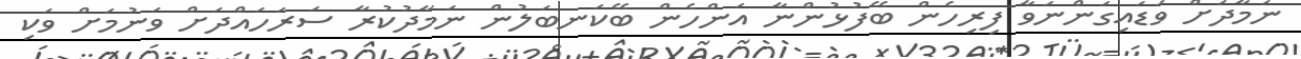
ނަމާދަށް ވަޑައިގަންނަވާ ފިރިހެން ބޭފުޅުންނާ އަންހެން ބޭކަނބަލުން ނަމާދުކުރާ ސަރަހައްދަށް ވަނުމަށް ވަކި